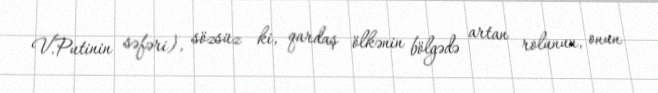
V.Putinin səfəri), sözsüz ki, qardaş ölkənin bölgədə artan rolunun, onun